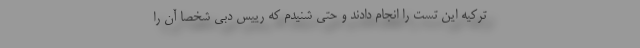
ترکیه این تست را انجام دادند و حتی شنیدم که رییس دبی شخصاً آن را